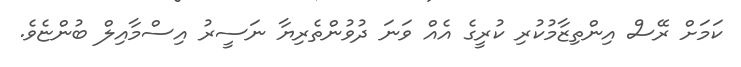
ކަމަށް ރޭސް އިންތިޒާމުކުރި ކުރީގެ އެއް ވަނަ ދުވުންތެރިޔާ ނަސީރު އިސްމާއިލް ބުންޏެވެ.